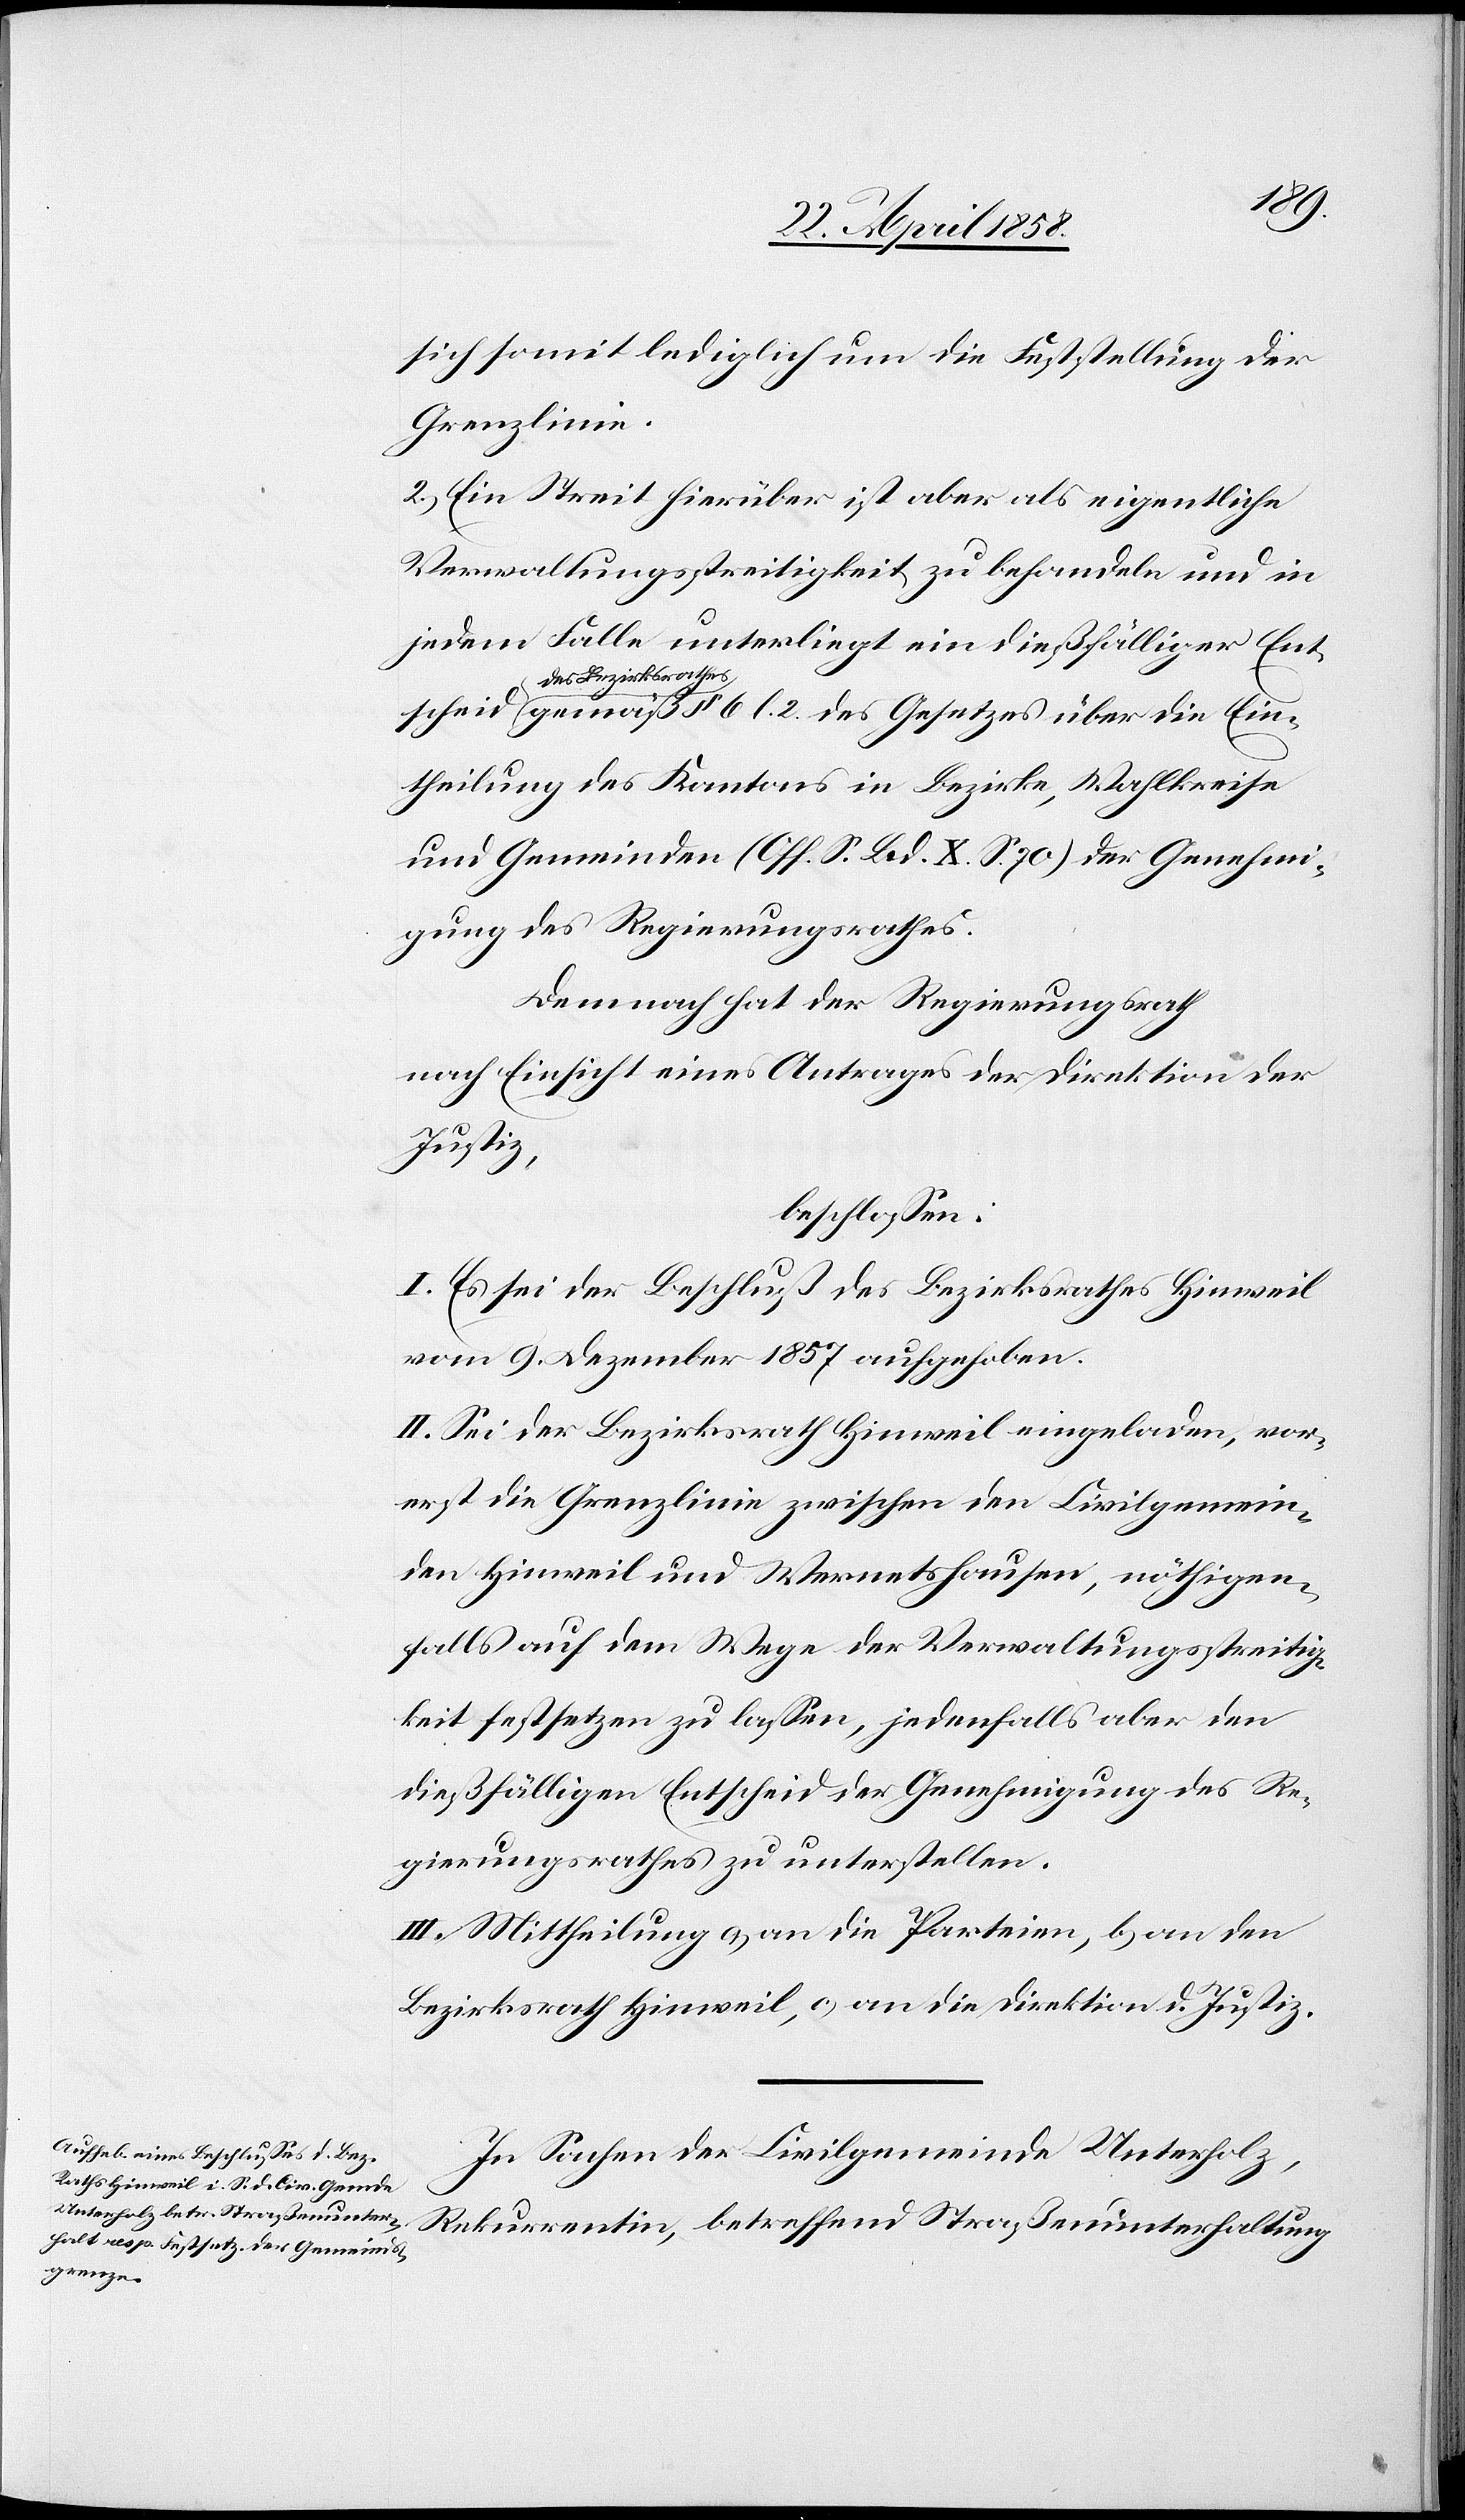
sich somit lediglich um die Feststellung der
Grenzlinie.
2.) Ein Streit hierüber ist aber als eigentliche
Verwaltungsstreitigkeit zu behandeln und in
jedem Falle unterliegt ein dießfälliger Ent¬
a-des Bezirksrathe¬
s-a gemäß § 6 l. 2 des Gesetzes über die Ein¬
theilung des Kantons in Bezirke, Wahlkreise
und Gemeinden (Off. S. Bd. X S. 70) der Genehmi¬
gung des Regierungsrathes.
Demnach hat der Regierungsrath
nach Einsicht eines Antrages der Direktion der
Justiz,
beschlossen:
I. Es sei der Beschluß des Bezirksrathes Hinweil
vom 9. Dezember 1857 aufgehoben.
II. Sei der Bezirksrath Hinweil eingeladen, vor¬
erst die Grenzlinie zwischen den Civilgemein¬
den Hinweil und Wernetshausen, nöthigen¬
falls auf dem Wege der Verwaltungsstreitig¬
keit festsetzen zu lassen, jedenfalls aber den
dießfälligen Entscheid der Genehmigung des Re¬
gierungsrathes zu unterstellen.
III. Mittheilung a) an die Parteien, b) an den
Bezirksrath Hinweil, c) an die Direktion d. Justiz.
In Sachen der Civilgemeinde Unterholz,
Rekurrentin, betreffend Straßenunterhaltung